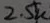
Text: 2.5K